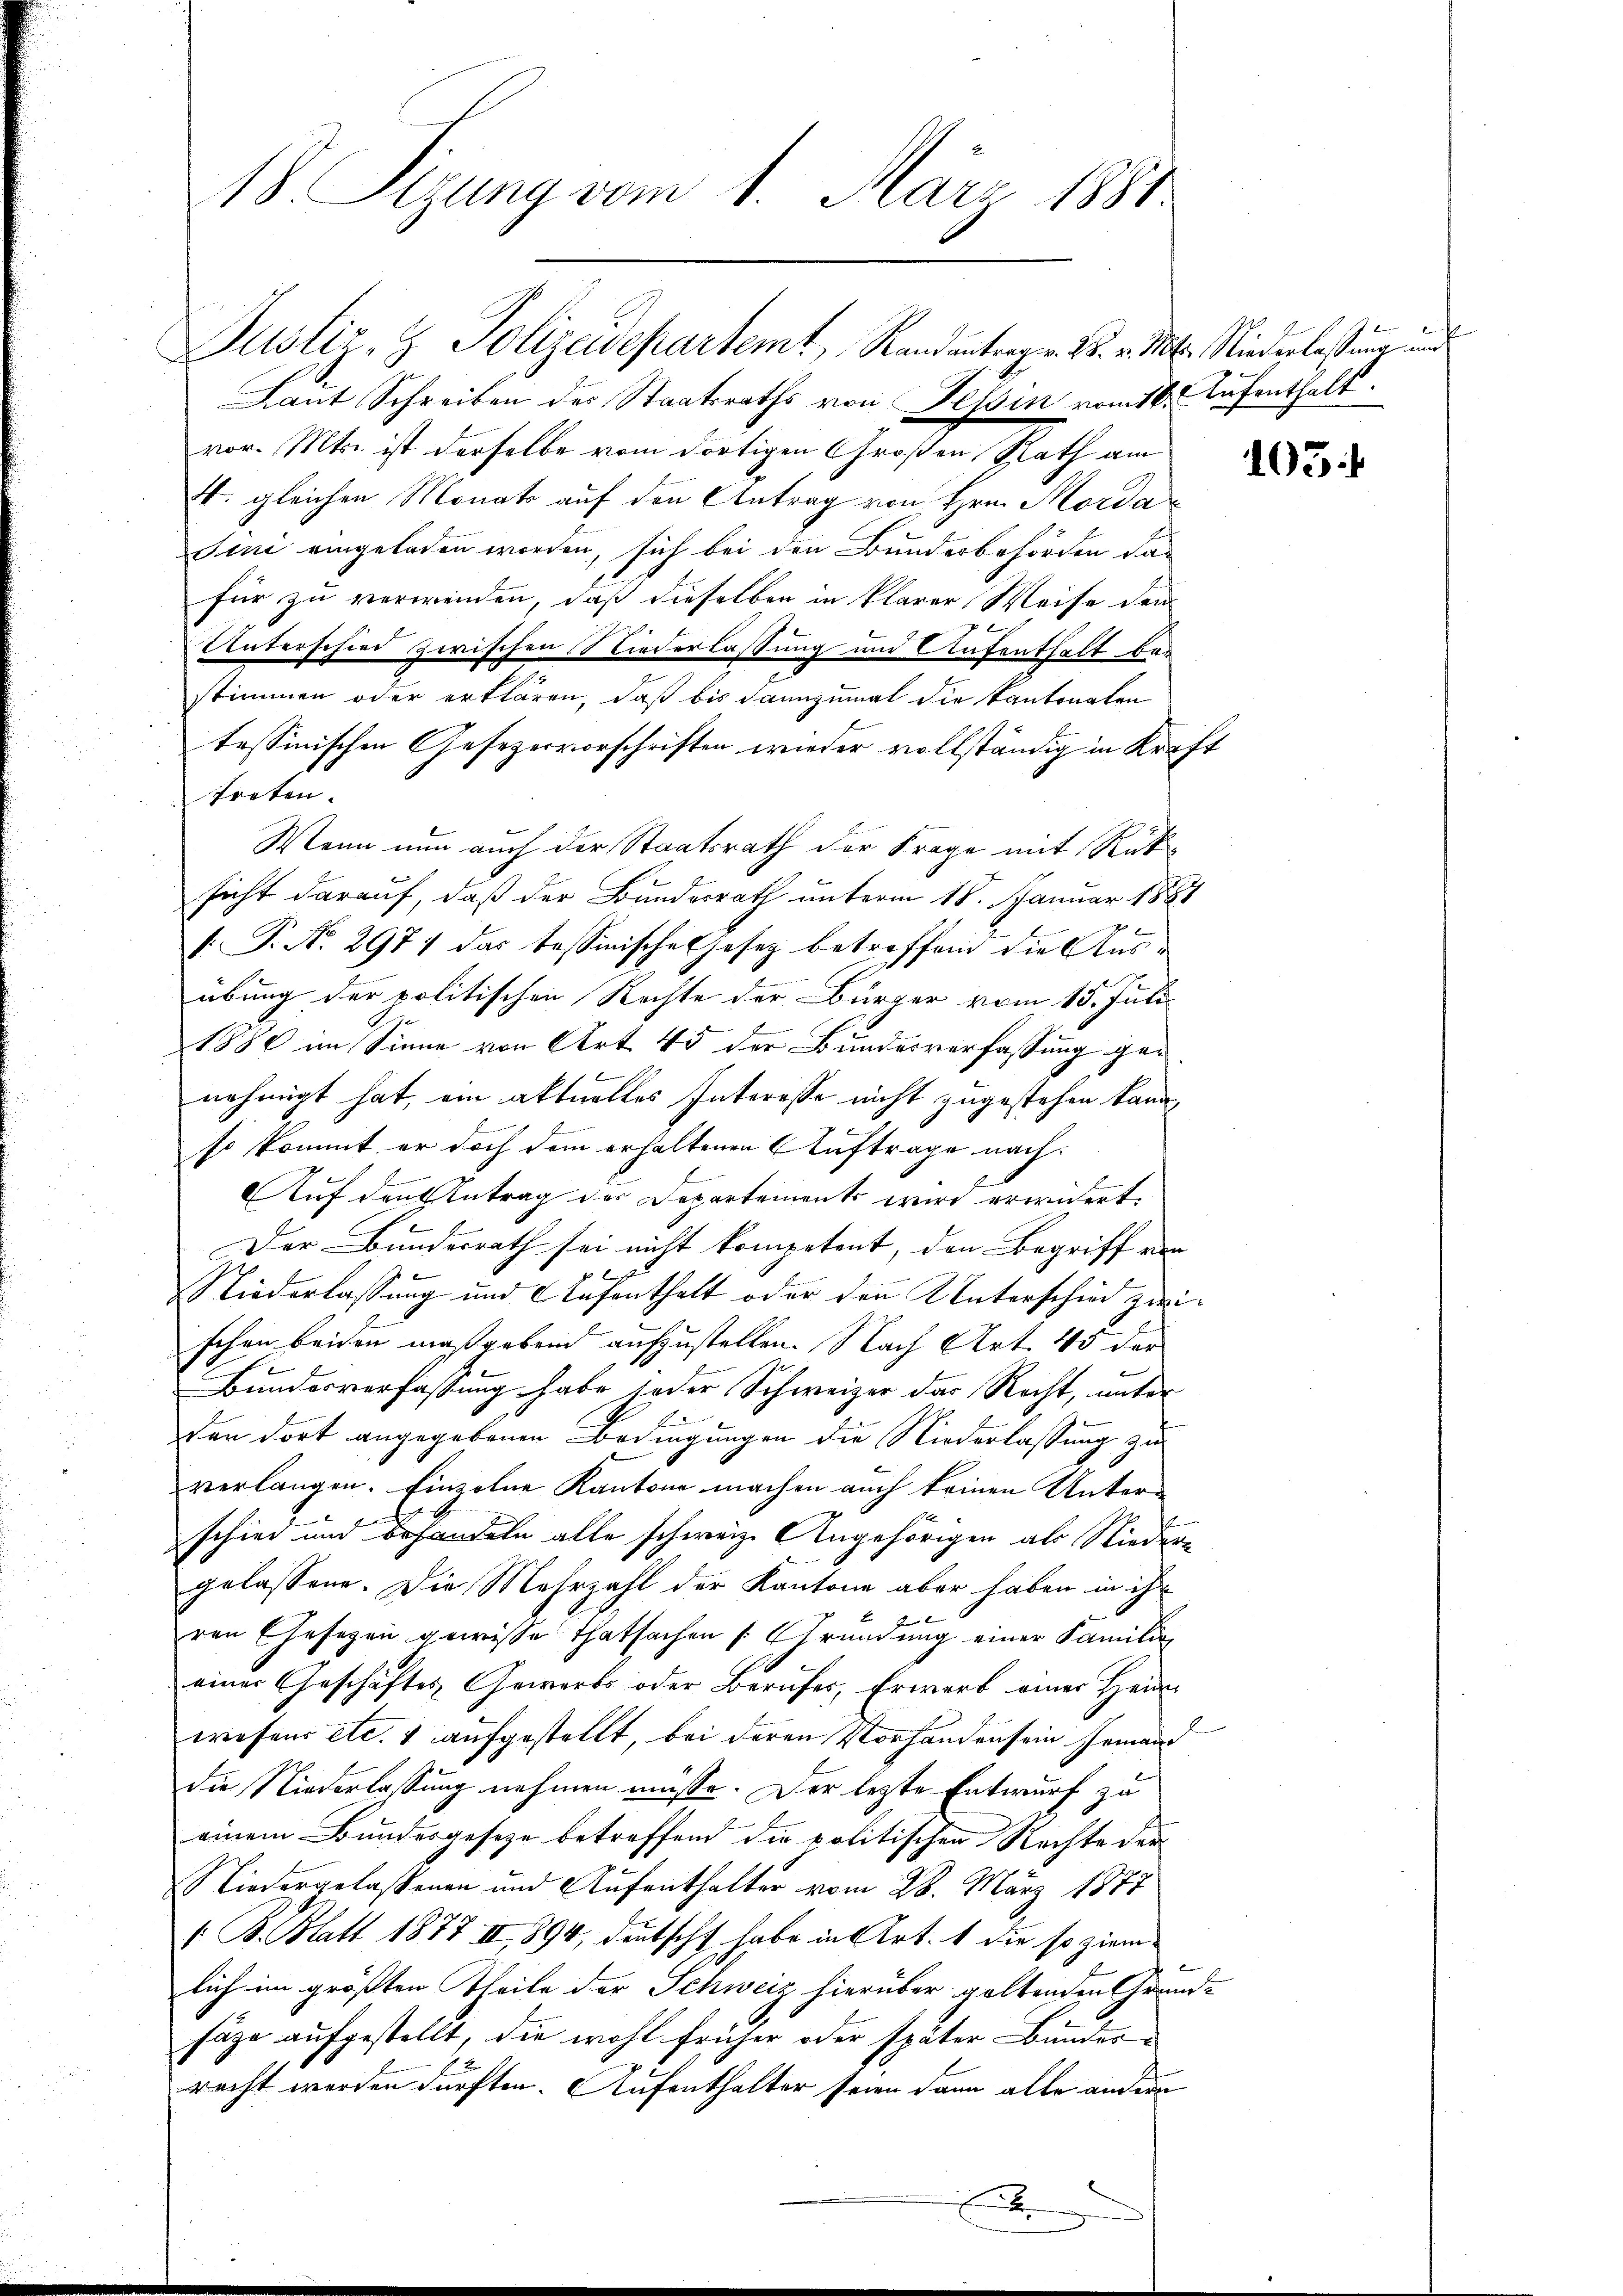
18 Sizung vom 1. März 1881

vor. Mts. ist derselbe vom dortigen Großen Rath am
4. gleichen Monats auf den Antrag von Hrn. Morda
Sini eingeladen worden, sich bei den Bundesbehörden das
für zu verwenden, daß dieselben in klarer Weise dem
Unterschied zwischen Niederlassung und Aufenthalt bei
stimmen oder erklären, daß bis dannzumal die Kantonalen
tessinischen Gesezesvorschriften wieder vollständig in Kraft
treten.
Wenn nun auch der Staatsrath der Frage mit Rücksicht darauf, daß der Bundesrath unterm 18. Januar 1884
/. P. Nr. 2971 das Tessinisches Gesez betreffend die Ausübung der politischen Rechte der Bürger vom 15. Juli
1880 im Sinne von Art. 45 der Bundesverfassung genehmigt hat, am aktuelles Interesse nicht zugestehen kann
so kommt er doch dem erhaltenen Auftrage nach¬
Auf den Antrag der Departements wird erwidert.
Der Bundesrath sei nicht kompetent, den Begriff von

Niederlassung und Aufenthalt oder den Unterschied zweischon beiden maßgebend aufzustellen. Nach Art. 45 der
Bundesverfassung habe jeder Schweizer der Recht, unter
den dort angegebenen Bedingungen die Niederlassung zu
verlangen. Einzelne Kantone machen auch keinen Unterschied und behandeln alle schweiz. Angehörigen als Nieder-
gelassene. Die Mehrzahl der Kantone aber haben in ihr
ren Gesagen gewisse Thatsachen Gründung einer Familie
einer Geschäftes Gewerbs oder Berufes, Erwerb einer Heim
wesens etc. 1 aufgestellt, bei deren Vorhanden sein Jemand
die Niederlassung nehmen müsse. Der lezte Entwurf zu
einem Bundesgesetze betreffend die politischen Rechte der
Niedergelassenen und Aufenthalter vom 28. März 1877
/ B. Blatt 1877 II, 1894, deutscht habe in Art. 1 die so ziem-
lich im größten Theile der Schweiz hierüber galtenden Grund-
säge aufgestellt, die wohl früher oder später Bundesracht werden dürften. Aufenthalter seien dann alle andern
.

Justiz- & Polizeidepartemt, Randantrag v. M. v. Mts. Niederlaßung und
Laut Schreiben der Staatsraths von Tessin vom 16. Aufenthalt

105.